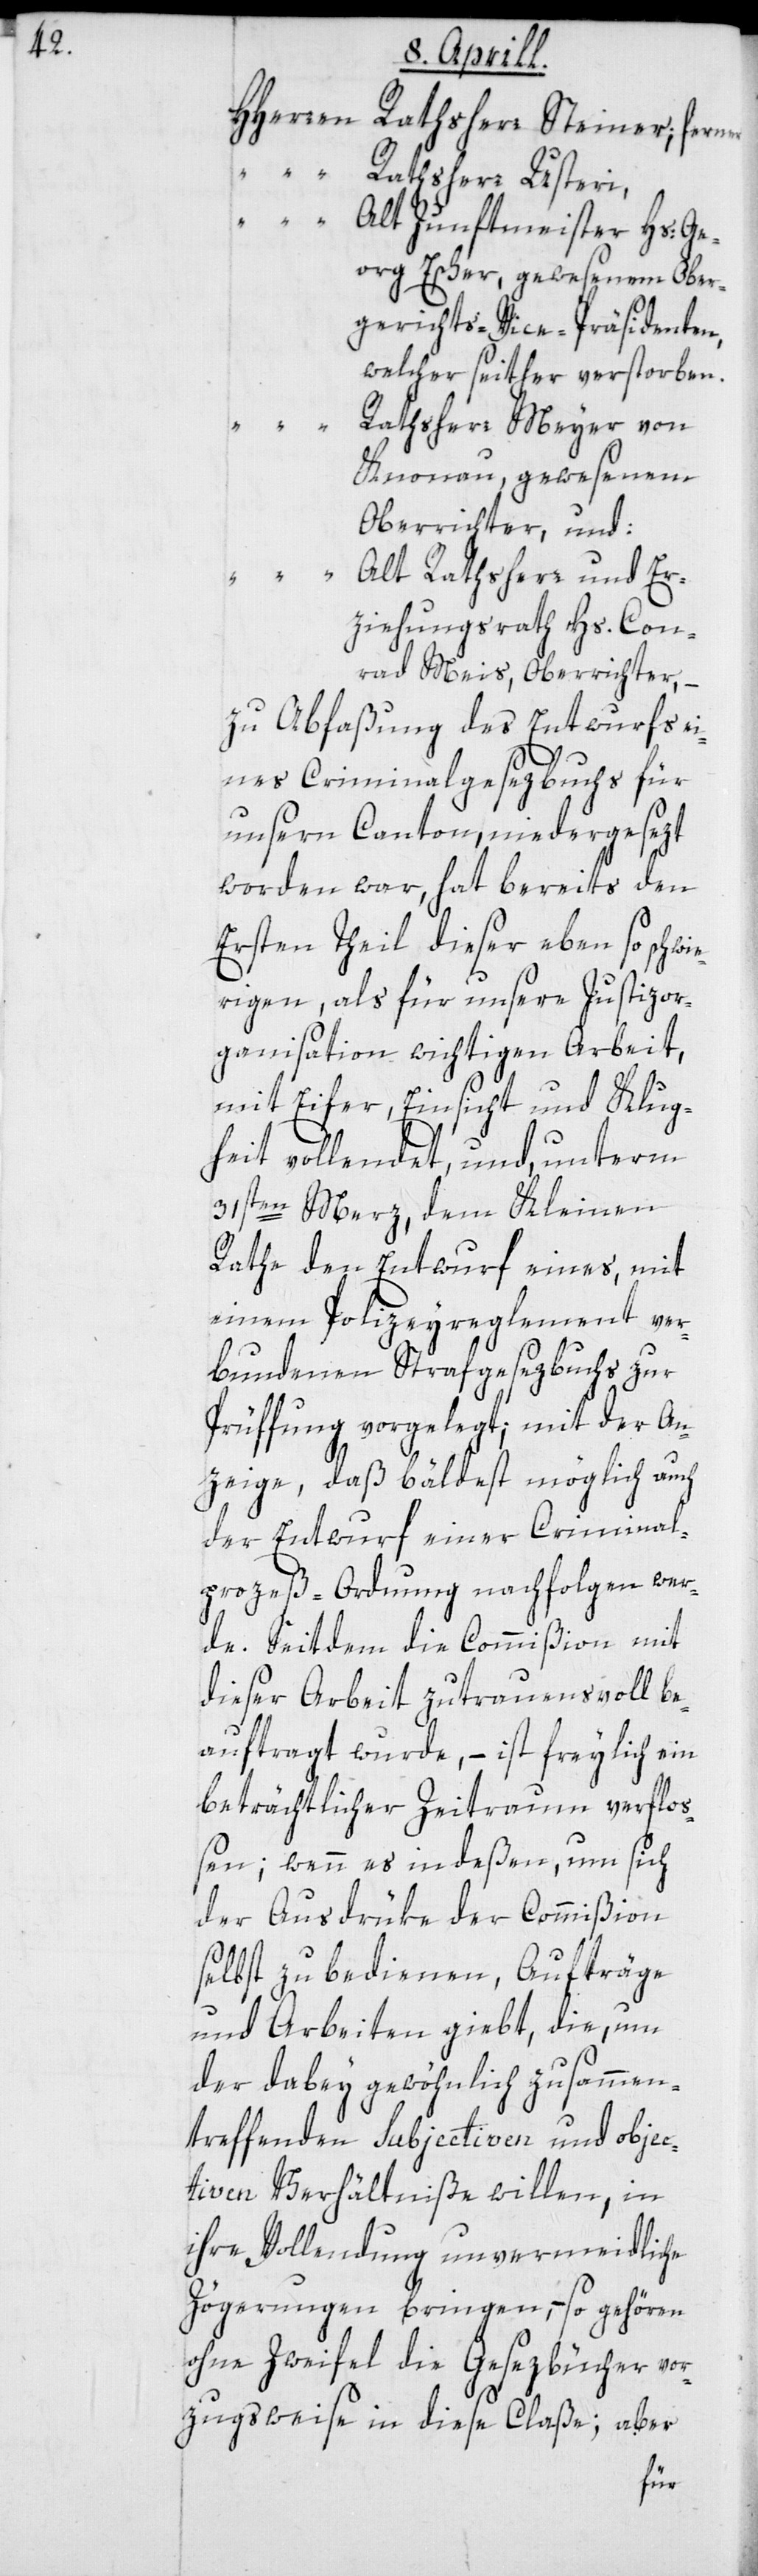
ner;

Rathsherr Usteri,
Alt Zunftmeister Hs. Ge¬
org Escher, gewesenem Ober¬
gerichts-Vice-Präsidenten,
welcher seither verstorben.
Rathsherr Meyer von
Knonau, gewesenem
Oberrichter, und:
Alt Rathsherr und Er¬
ziehungsrath Hs. Con¬
rad Meis, Oberrichter, –
zu Abfaßung des Entwurfs ei¬
nes Criminalgesezbuchs für
unsern Canton, niedergesezt
worden war, hat bereits den
Ersten Theil dieser ebenso schwie¬
rigen, als für unsere Justizor¬
ganisation wichtigen Arbeit,
mit Eifer, Einsicht und Klug¬
heit vollendet, und, unterm
31sten Merz dem Kleinen
Rathe den Entwurf eines, mit
einem Polizeyreglement ver¬
bundenen Strafgesezbuchs zur
Prüffung vorgelegt; mit der An¬
zeige, daß bäldest möglich auch
der Entwurf einer Crimina¬
l-Prozeß-Ordnung nachfolgen wer¬
de. Seitdem die Commißion mit
dieser Arbeit zutrauensvoll be¬
“
auftragt wurde, – ist freylich ein
beträchtlicher Zeitraum verflo¬
ßen; wenn es indeßen, um sich
der Ausdrüke der Commißion
selbst zu bedienen, Aufträge
und Arbeiten giebt, die, um
der dabey gewöhnlich zusammen¬
treffenden subjectiven und obejec¬
tiven Verhältniße willen, in
ihre Vollendung unvermeidliche
Zögerungen bringen, – so gehören
ohne Zweifel die Gesezbücher vor¬
zugsweise in diese Classe; aber